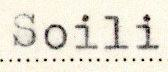
Soili